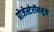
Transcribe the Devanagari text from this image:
प्रोजेस्टेरॉनमुळे